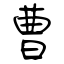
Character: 曹